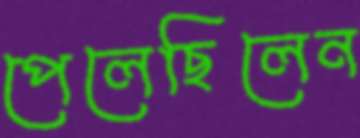
পেলেছিলেন